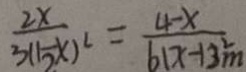
\frac { 2 x } { 3 ( 5 x ) ^ { 2 } } = \frac { 4 - x } { 6 ( x - 1 ) m ^ { 2 } ) }